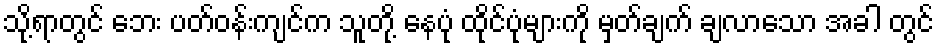
သို့ရာတွင် ဘေး ပတ်ဝန်းကျင်က သူတို့ နေပုံ ထိုင်ပုံများကို မှတ်ချက် ချလာသော အခါ တွင်